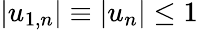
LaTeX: |{u}_{1,n}|\equiv|{u}_{n}|\leq 1